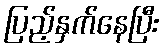
ပြည့်နှက်နေပြီး